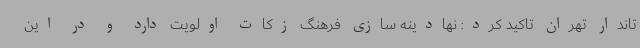
تاندار تهران تاکید کرد: نهادینه سازی فرهنگ زکات اولویت دارد و در این